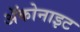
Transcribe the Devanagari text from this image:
ॲकोनाइट